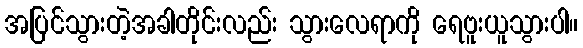
အပြင်သွားတဲ့အခါတိုင်းလည်း သွားလေရာကို ရေဗူးယူသွားပါ။